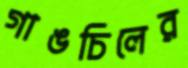
গাঙচিলের